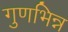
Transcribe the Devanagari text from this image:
गुणभिन्न